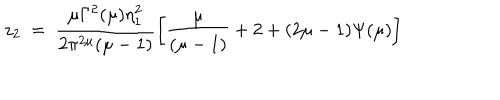
z _ { 2 } ~ = ~ \frac { \mu \Gamma ^ { 2 } ( \mu ) \eta _ { 1 } ^ { 2 } } { 2 \pi ^ { 2 \mu } ( \mu - 1 ) } \left[ \frac { \mu } { ( \mu - 1 ) } + 2 + ( 2 \mu - 1 ) \Psi ( \mu ) \right]